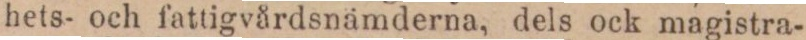
hets- och fattigvårdsnämderna, dels ock magistra-